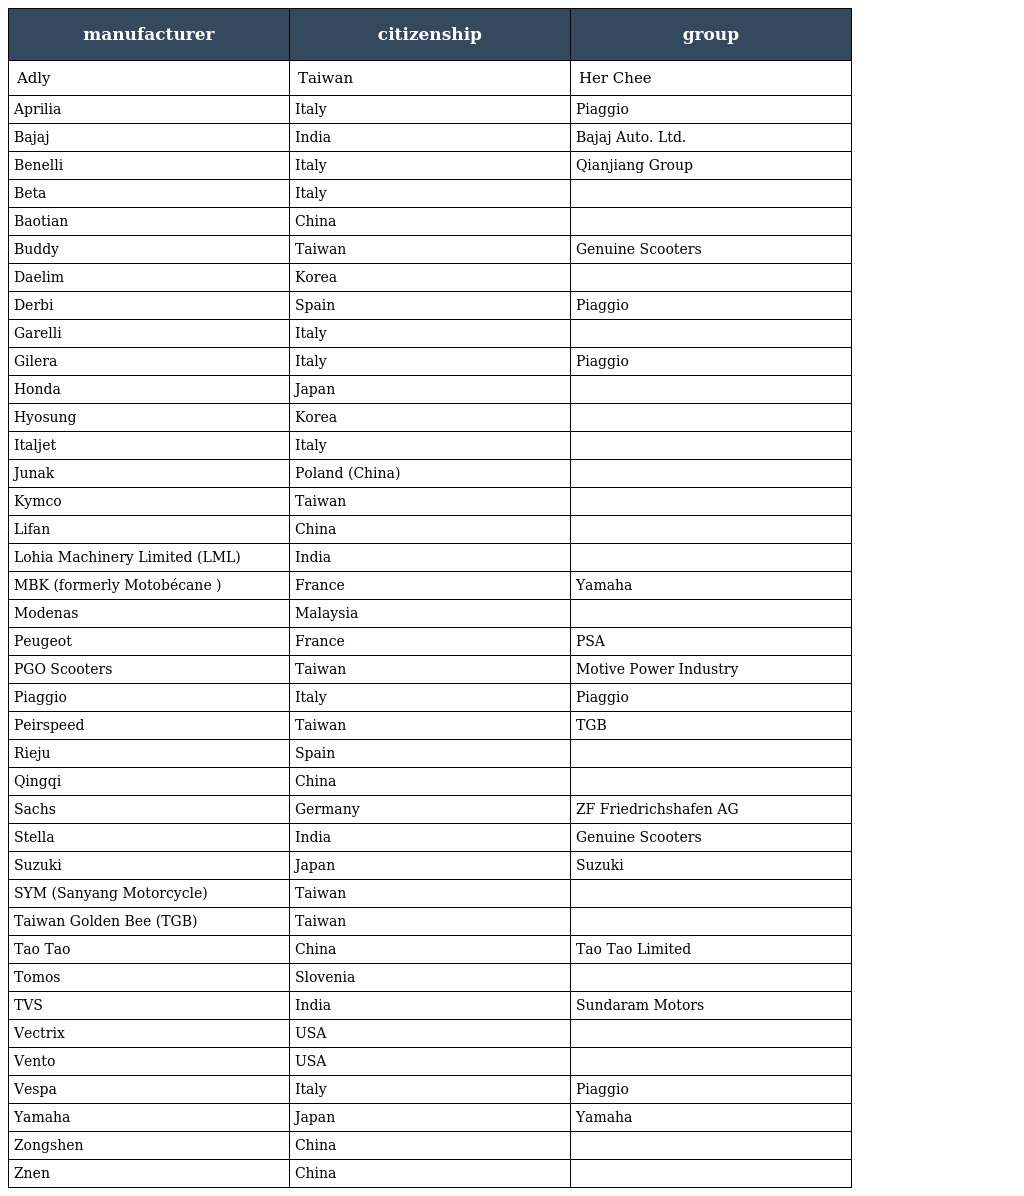
| manufacturer | citizenship | group |
 | --- | --- | --- |
 | Adly | Taiwan | Her Chee |
 | Aprilia | Italy | Piaggio |
 | Bajaj | India | Bajaj Auto. Ltd. |
 | Benelli | Italy | Qianjiang Group |
 | Beta | Italy |  |
 | Baotian | China |  |
 | Buddy | Taiwan | Genuine Scooters |
 | Daelim | Korea |  |
 | Derbi | Spain | Piaggio |
 | Garelli | Italy |  |
 | Gilera | Italy | Piaggio |
 | Honda | Japan |  |
 | Hyosung | Korea |  |
 | Italjet | Italy |  |
 | Junak | Poland (China) |  |
 | Kymco | Taiwan |  |
 | Lifan | China |  |
 | Lohia Machinery Limited (LML) | India |  |
 | MBK (formerly Motobécane ) | France | Yamaha |
 | Modenas | Malaysia |  |
 | Peugeot | France | PSA |
 | PGO Scooters | Taiwan | Motive Power Industry |
 | Piaggio | Italy | Piaggio |
 | Peirspeed | Taiwan | TGB |
 | Rieju | Spain |  |
 | Qingqi | China |  |
 | Sachs | Germany | ZF Friedrichshafen AG |
 | Stella | India | Genuine Scooters |
 | Suzuki | Japan | Suzuki |
 | SYM (Sanyang Motorcycle) | Taiwan |  |
 | Taiwan Golden Bee (TGB) | Taiwan |  |
 | Tao Tao | China | Tao Tao Limited |
 | Tomos | Slovenia |  |
 | TVS | India | Sundaram Motors |
 | Vectrix | USA |  |
 | Vento | USA |  |
 | Vespa | Italy | Piaggio |
 | Yamaha | Japan | Yamaha |
 | Zongshen | China |  |
 | Znen | China |  |